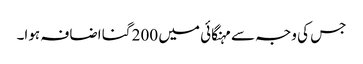
جس کی وجہ سے مہنگائی میں 200 گنا اضافہ ہوا۔